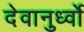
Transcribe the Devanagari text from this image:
देवानुर्ध्वो